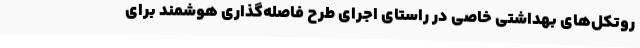
روتکل‌های بهداشتی خاصی در راستای اجرای طرح فاصله‌گذاری هوشمند برای